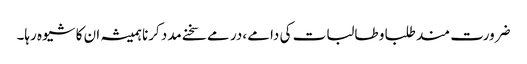
ضرورت مند طلبا و طالبات کی دامے ،در مے سخنے مدد کرنا ہمیشہ ان کا شیوہ رہا۔